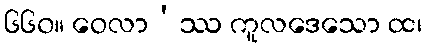
၆၆၀။ ဝေလာ’ဿ ကူလဒေသော ထ၊